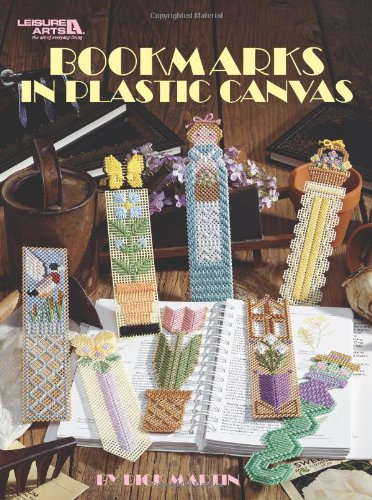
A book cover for Bookmarks in Plastic Canvas  (Leisure Arts #5161); Dick Martin; Crafts, Hobbies & Home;